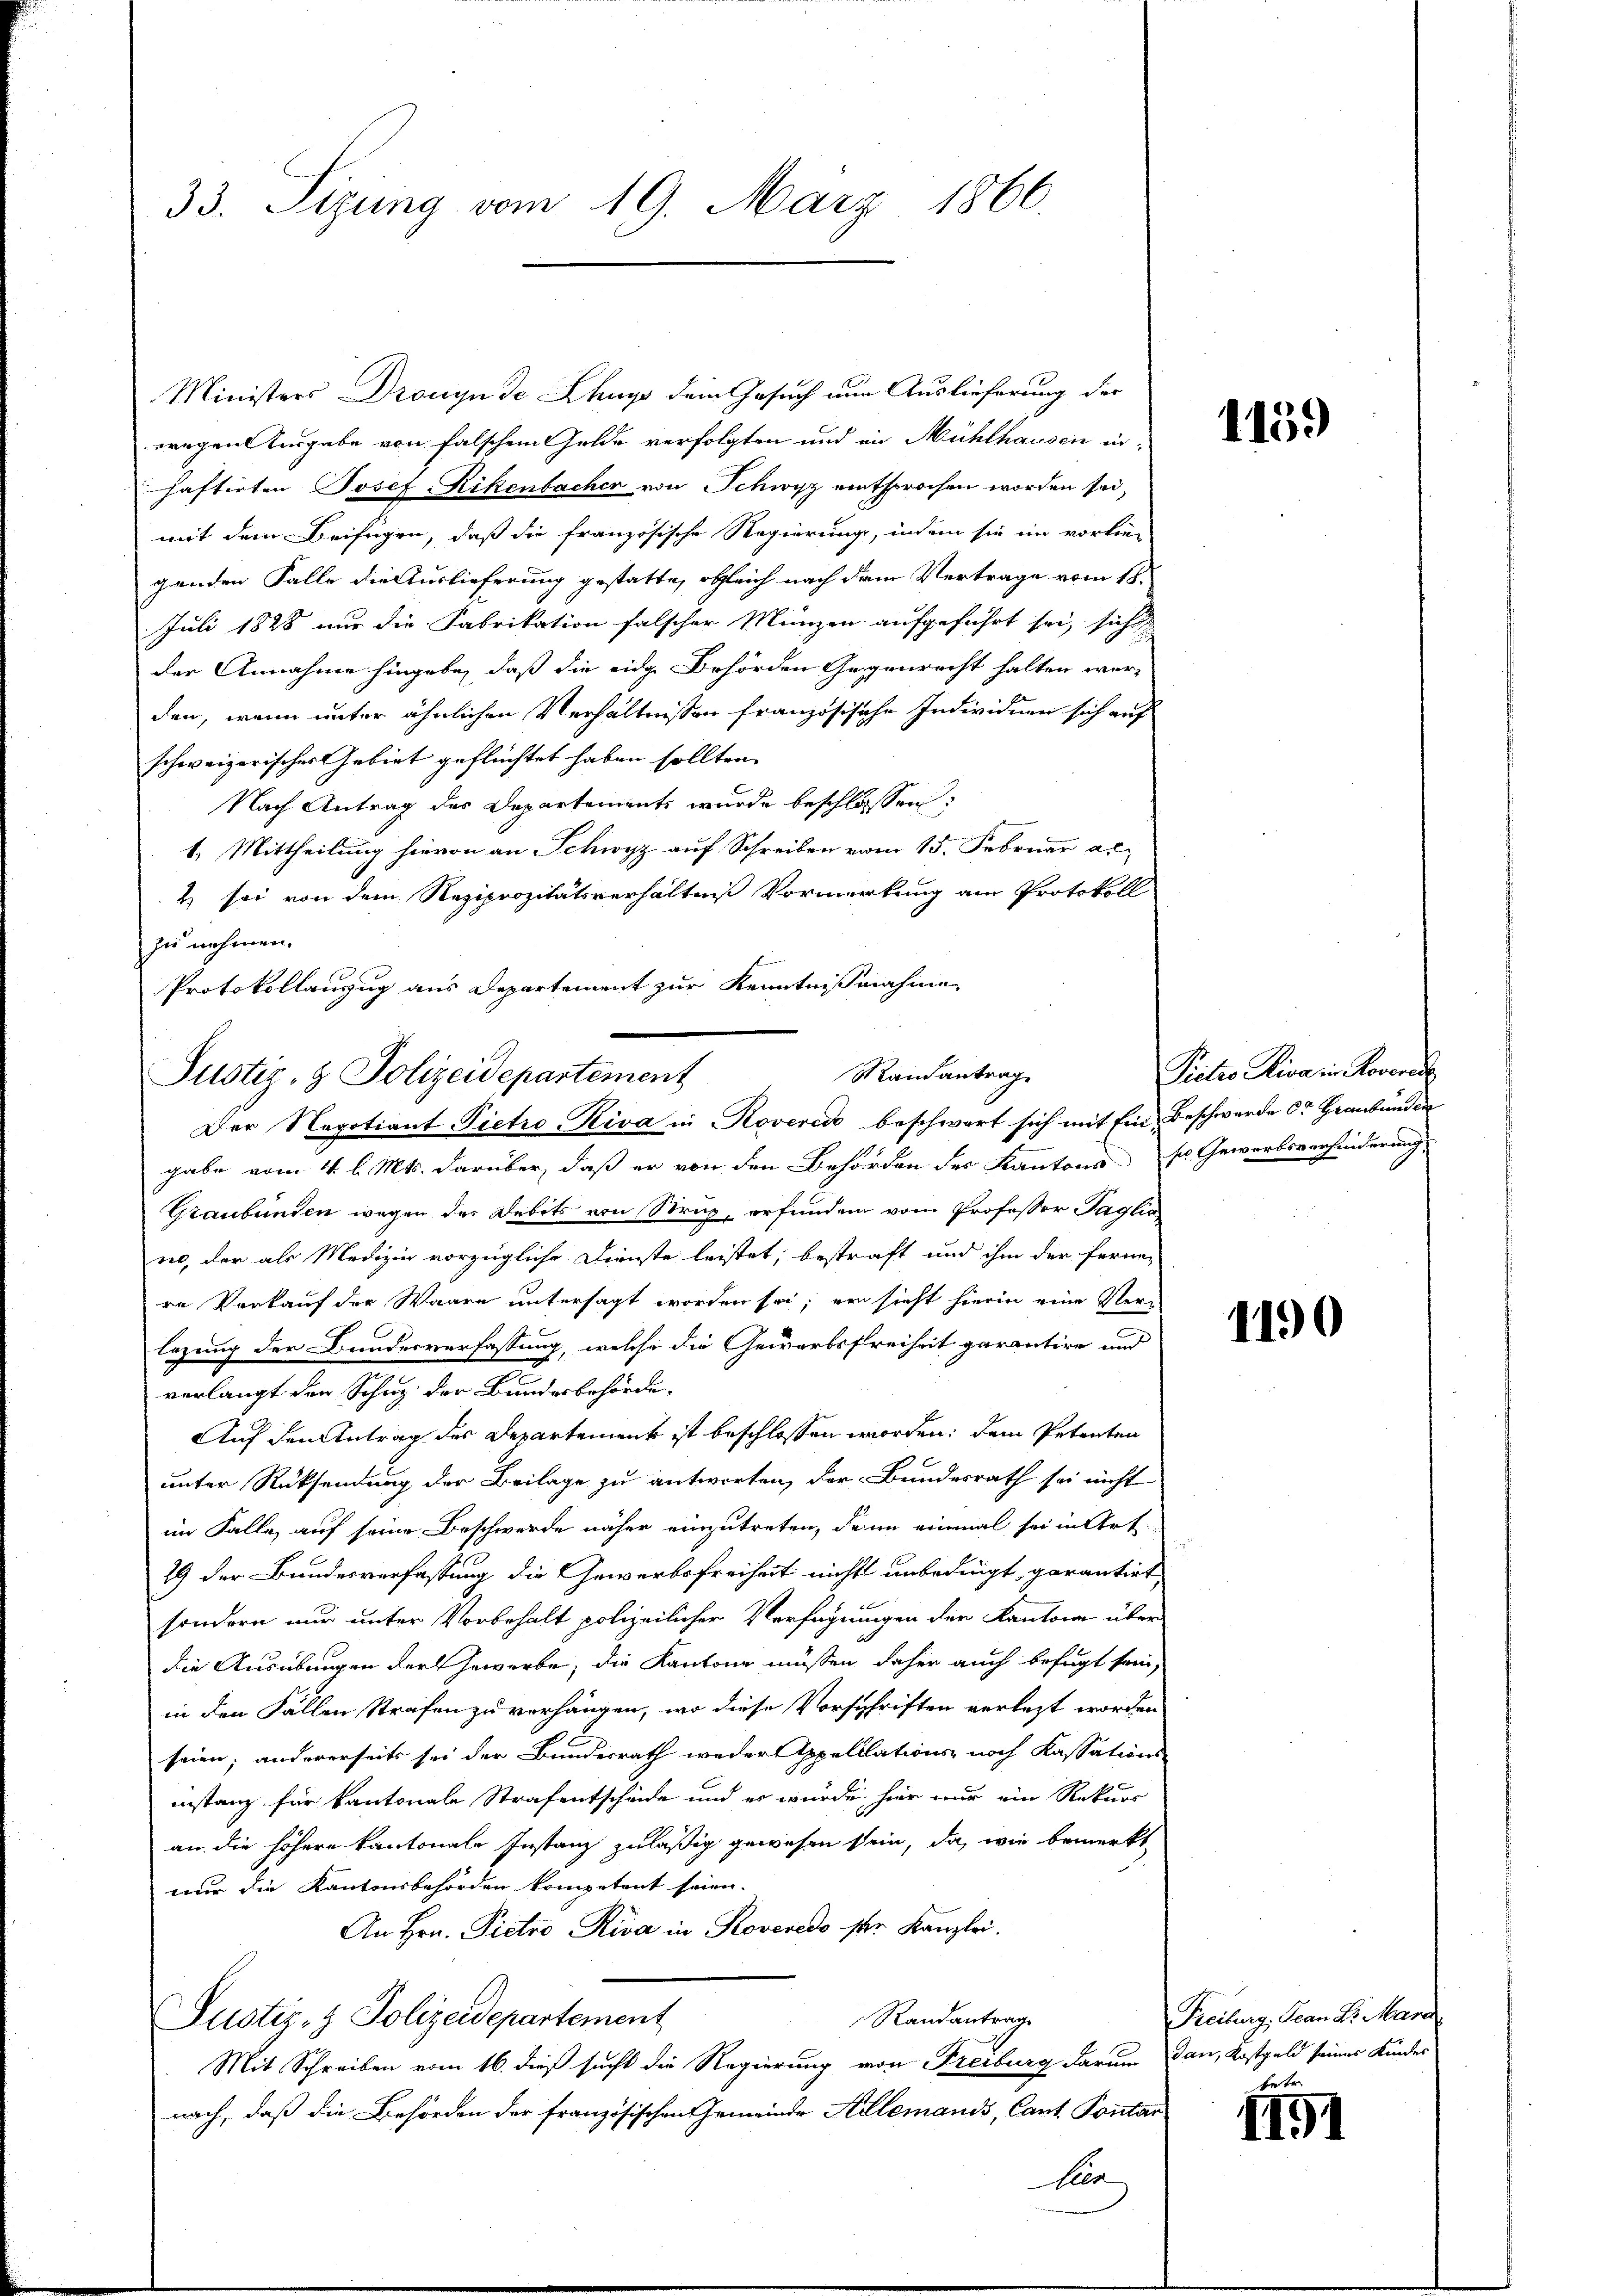
33. Sizung vom 19. März 1866.

Ministers Dronyn de Chays dein Gesuch nun Auslieferung der
wegen Ausgabe von falschen Gelde verfolgten und in Mühlhausen in
haftirten Josef-Rikenbacher von Schwyz eintsprochen worden sei,
mit dem Beifügen, daß die französische Regierung, indem sie im vorlie-
genden Falle die Auslieferung gestatte, obgleich nach dem Vertrage vom 18.
Juli 1828 nur die Fabrikation falscher Münzen aufgeführt sei, sicht
der Annahme hingabe, daß die eidge Behörden Gegenrecht halten wer-
den, wenn unter ähnlichen Verhältnissen französische Individuen sich auf
schweizerisches Gebiet geflüchtet haben sollten.
Nach Antrag des Departements wurde beschlossen:
1. Mittheilung hievon an Schwyz auf Schreiben vom 15. Februar a.c.
t sei von dem Reziprozitätsverhältniß Vormerkung am Protokoll
zu nehmen.
Protokollanzug aus Departement zur Kenntnißnahme
gabe vom 4. l. Mts. darüber, daß er von den Behörden des Kantons
Graubünden wegen des Debits von Strup, erfunden vom Professor Taglic
no, der als Medizin vorzügliche Dienste leistet, bestraft und ihm der fernen
re Verkauf der Waare untersagt worden sei; er sieht hierin eine Verlegung der Bundesverfassung, welche die Gewärtsfreiheit garantire und
verlangt den Schuz der Bundesbehörde-
Auf den Antrag des Departement ist beschlossen worden; dem Petenten
unter Rücksendung der Beilage zu antworten, der Bundesrath sei nicht
im Falle, auf seine Beschwerde näher einzutreten, denn einmal sei in Art.
29 der Bundesverfassung die Gewerbsfreiheit nicht unbedingt, garantier
sondern nur unter Vorbehalt polizeilicher Verfügungen der Kantone über
die Ausübungen der Gewerbe, die Kantone müssen daher auch befugt sein
in den Fällen Strafen zu verhängen, wo diese Vorschriften verletzt worden
seien; andererseits sei der Bundesrath weder Appelllations noch Kassation
instanz für kantonale Strafentscheide und es wurde hier nur ein Rekurs
an die höhere kantonale Instanz zuläßig gewesen sein, da, wie bemerkt
nur die Kantonsbehörden kompetent seien.
An Hrn. Pietro, Riva in Roveredo der Kanzlei.
Randantrage
Justiz- & Polizeidepartement
Mit Schreiben vom 16. dieß sucht die Regierung von Freiburg darum
nach, daß die Behörden der französischen Gemeinde Allemands, Cant. Ponta
ken

Randantrag
Justiz- & Polizeidepartement
Der Negotiant Pietro-Riva in Roverei beschwart sich mit Ein Beschwerde der Graubünden

1139

Piotis Riva in Rovere
sn Gewerbsverhinderung

1190

Treiburg Jean Sr. Mari
dan, Kostgeld seines Kindes
betr.

II91